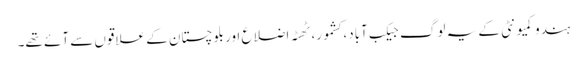
ہندو کمیونٹی کے یہ لوگ جیکب آباد، کشمور، ٹھٹہ اضلاع اور بلوچستان کے علاقوں سے آئے تھے۔